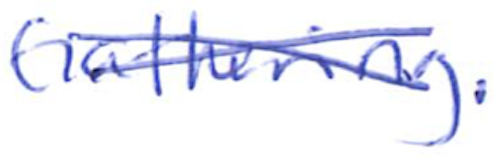
Text: Gathering.
Cross-out: cross
Writing tool: ballpoint